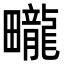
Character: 𤳽